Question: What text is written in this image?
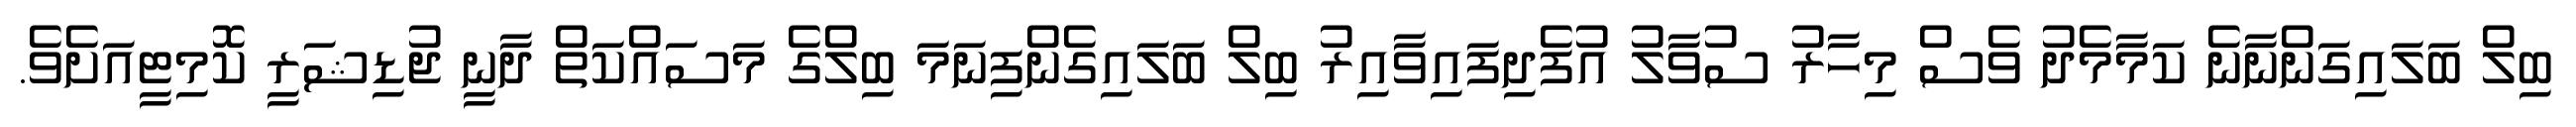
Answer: ބިލް ބަލައިގަންނާނެ ކަމާމެދު ވެސް މިހާރު ސުވާލު އުފެދިފައިވާއިރު ބިލް ބަލައިގެންފިނަމަ ބިލްގެ މަސައްކަތް ދާނީ ޖުޑިޝަރީ ކޮމިޓީއަށެވެ.